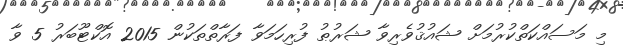
މި މަސައްކަތްކުރުމަށް ޝައުޤުވެރިވާ ޝަރުޠު ފުރިހަމަވާ ފަރާތްތަކުން 2015 އޮކްޓޫބަރު 5 ވާ